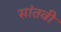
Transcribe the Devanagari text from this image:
सांतवी